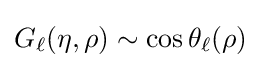
G_{\ell }(\eta ,\rho )\sim \cos \theta _{\ell }(\rho )